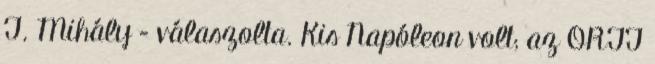
T. Mihály – válaszolta. Kis Napóleon volt; az ORTT